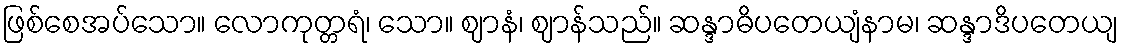
ဖြစ်စေအပ်သော။ လောကုတ္တရံ၊ သော။ ဈာနံ၊ ဈာန်သည်။ ဆန္ဒာဓိပတေယျံနာမ၊ ဆန္ဒာဒိပတေယျ